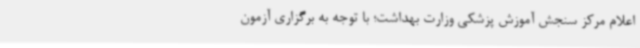
اعلام مرکز سنجش آموزش پزشکی وزارت بهداشت؛ با توجه به برگزاری آزمون